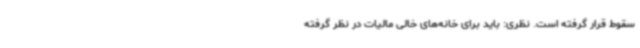
سقوط قرار گرفته است. نظری: باید برای خانه‌های خالی مالیات در نظر گرفته